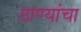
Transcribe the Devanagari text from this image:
ठाण्यांचा